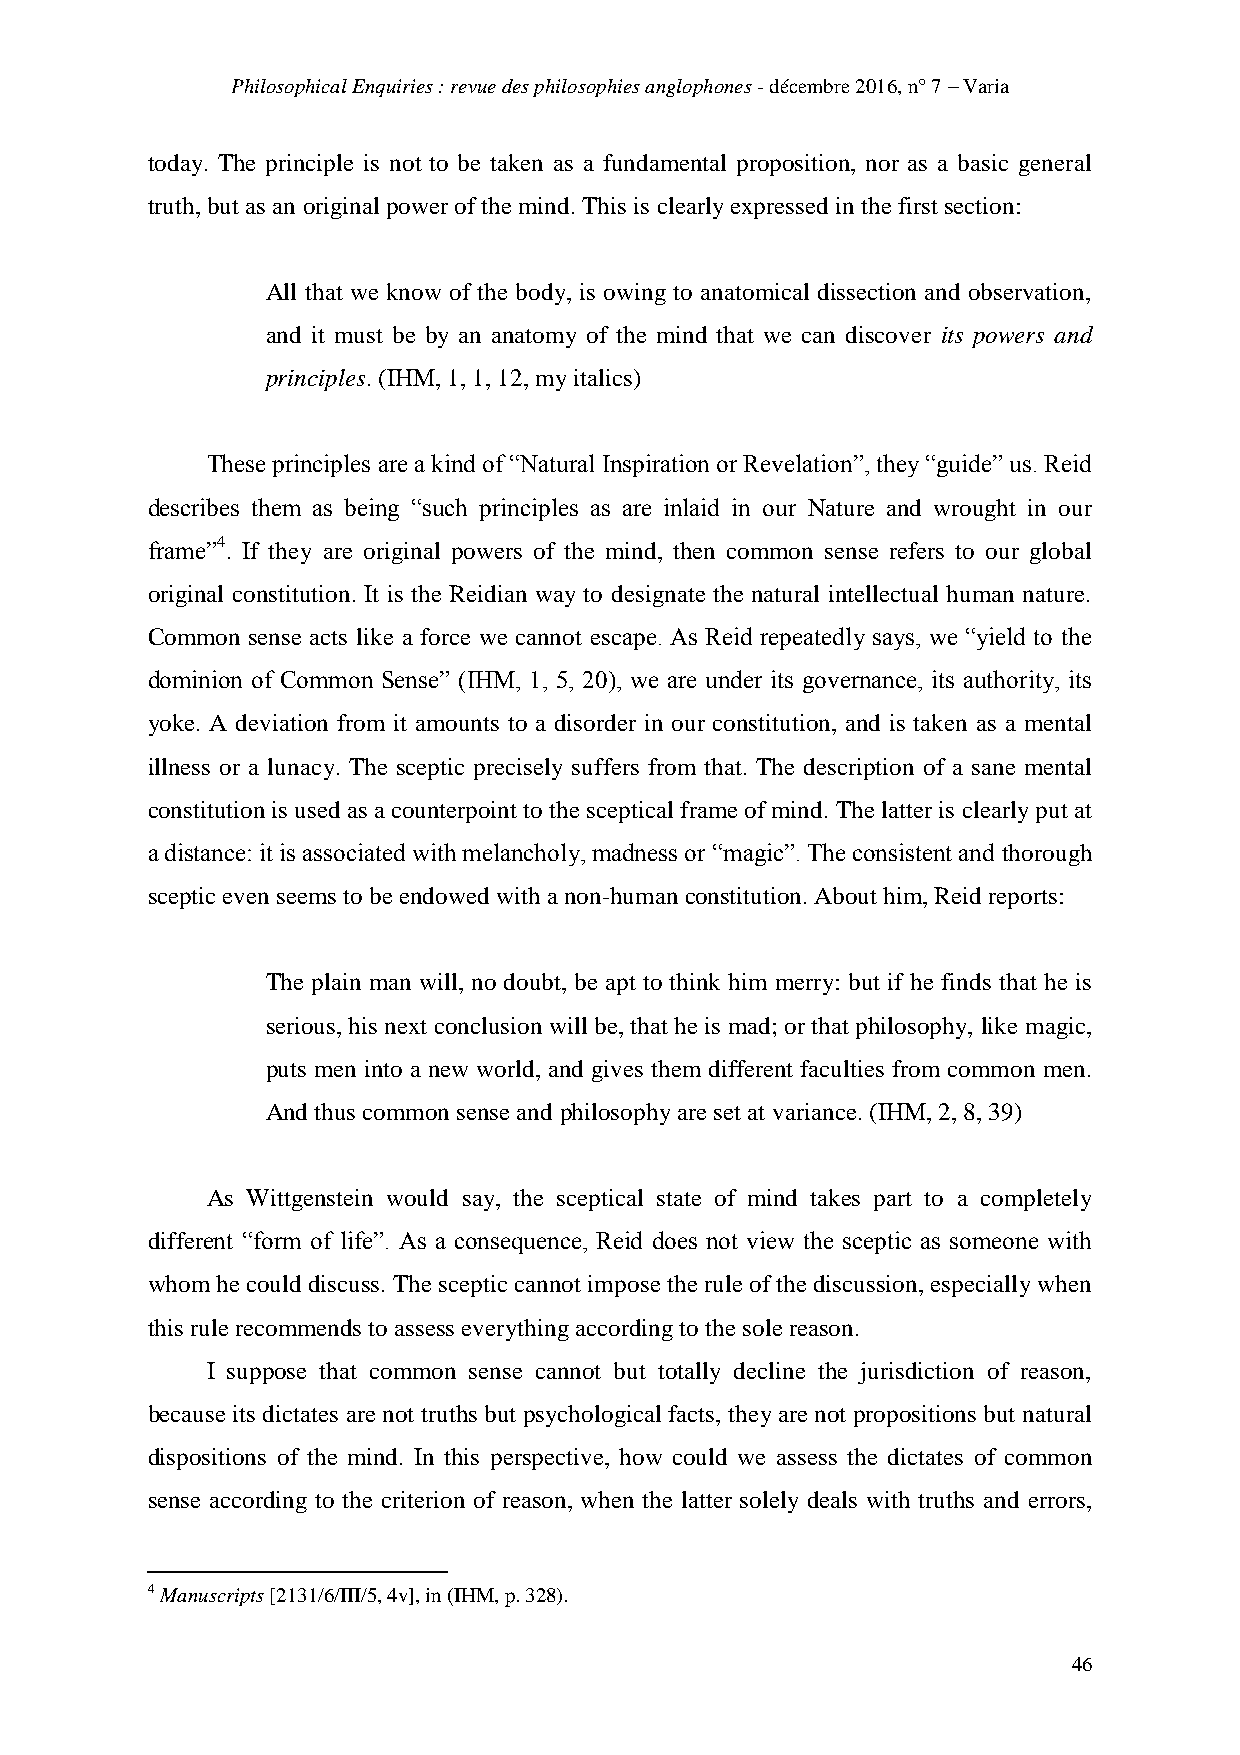
Philosophical Enquiries : revue des philosophies anglophones - décembre 2016, n° 7 – Varia
 today. The principle is not to be taken as a fundamental proposition, nor as a basic general
 truth, but as an original power of the mind. This is clearly expressed in the first section:
 All that we know of the body, is owing to anatomical dissection and observation,
 and it must be by an anatomy of the mind that we can discover its powers and
 principles. (IHM, 1, 1, 12, my italics)
 These principles are a kind of “Natural Inspiration or Revelation”, they “guide” us. Reid
 describes them as being “such principles as are inlaid in our Nature and wrought in our
 frame”4. If they are original powers of the mind, then common sense refers to our global
 original constitution. It is the Reidian way to designate the natural intellectual human nature.
 Common sense acts like a force we cannot escape. As Reid repeatedly says, we “yield to the
 dominion of Common Sense” (IHM, 1, 5, 20), we are under its governance, its authority, its
 yoke. A deviation from it amounts to a disorder in our constitution, and is taken as a mental
 illness or a lunacy. The sceptic precisely suffers from that. The description of a sane mental
 constitution is used as a counterpoint to the sceptical frame of mind. The latter is clearly put at
 a distance: it is associated with melancholy, madness or “magic”. The consistent and thorough
 sceptic even seems to be endowed with a non-human constitution. About him, Reid reports:
 The plain man will, no doubt, be apt to think him merry: but if he finds that he is
 serious, his next conclusion will be, that he is mad; or that philosophy, like magic,
 puts men into a new world, and gives them different faculties from common men.
 And thus common sense and philosophy are set at variance. (IHM, 2, 8, 39)
 As Wittgenstein would say, the sceptical state of mind takes part to a completely
 different “form of life”. As a consequence, Reid does not view the sceptic as someone with
 whom he could discuss. The sceptic cannot impose the rule of the discussion, especially when
 this rule recommends to assess everything according to the sole reason.
 I suppose that common sense cannot but totally decline the jurisdiction of reason,
 because its dictates are not truths but psychological facts, they are not propositions but natural
 dispositions of the mind. In this perspective, how could we assess the dictates of common
 sense according to the criterion of reason, when the latter solely deals with truths and errors,
 4 Manuscripts [2131/6/III/5, 4v], in (IHM, p. 328).
 46